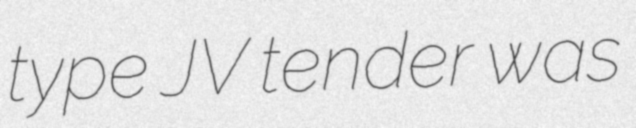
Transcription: type JV tender was